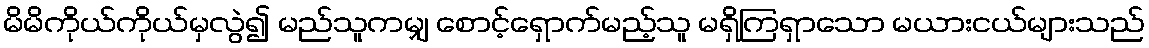
မိမိကိုယ်ကိုယ်မှလွဲ၍ မည်သူကမျှ စောင့်ရှောက်မည့်သူ မရှိကြရှာသော မယားငယ်များသည်